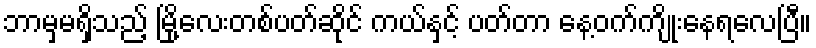
ဘာမှမရှိသည့် မြို့လေးတစ်ပတ်ဆိုင် ကယ်နှင့် ပတ်တာ နေ့ဝက်ကျိုးနေရလေပြီ။